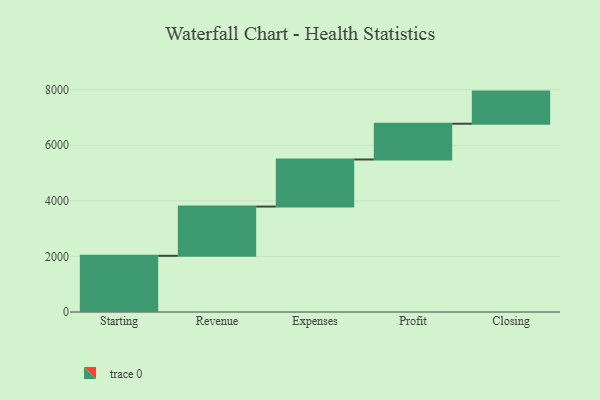
{"axis": {"x": "Step", "y": "Value"}, "legend": [""], "data": [{"x": "Starting", "y": 2022.0, "type": ""}, {"x": "Revenue", "y": 1772.0, "type": ""}, {"x": "Expenses", "y": 1694.0, "type": ""}, {"x": "Profit", "y": 1287.0, "type": ""}, {"x": "Closing", "y": 1156.0, "type": ""}]}